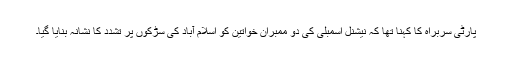
پارٹی سربراہ کا کہنا تھا کہ نیشنل اسمبلی کی دو ممبران خواتین کو اسلام آباد کی سڑکوں پر تشدد کا نشانہ بنایا گیا۔